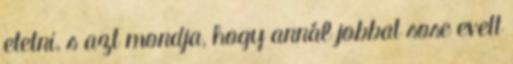
etetni, s azt mondja, hogy annál jobbat sose evett